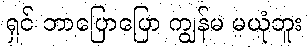
ရှင် ဘာပြောပြော ကျွန်မ မယုံဘူး